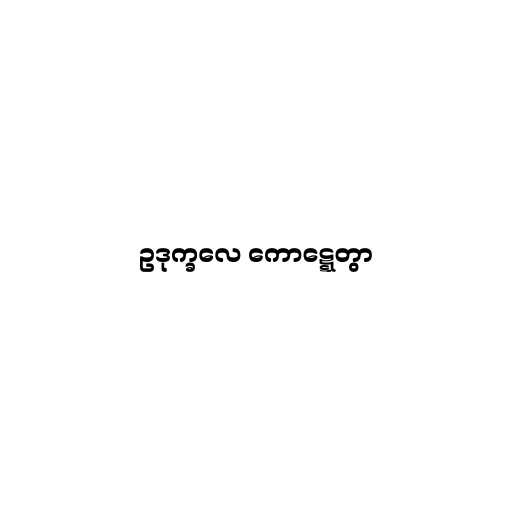
ဥဒုက္ခလေ ကောဋ္ဋေတွာ